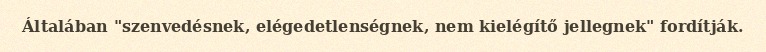
Általában "szenvedésnek, elégedetlenségnek, nem kielégítő jellegnek" fordítják.